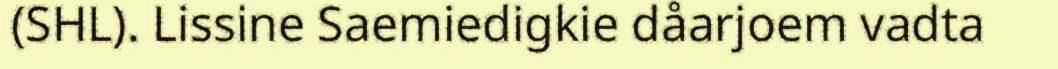
(SHL). Lissine Saemiedigkie dåarjoem vadta